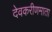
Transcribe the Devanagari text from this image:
देवकरीणमाता